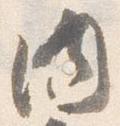
内